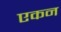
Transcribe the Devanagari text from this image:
एकन